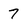
Character: 7